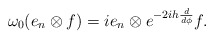
\begin{align*}\omega_{0}(e_n\otimes f)=ie_{n}\otimes e^{-2ih\frac{d}{d\phi}}f. \end{align*}